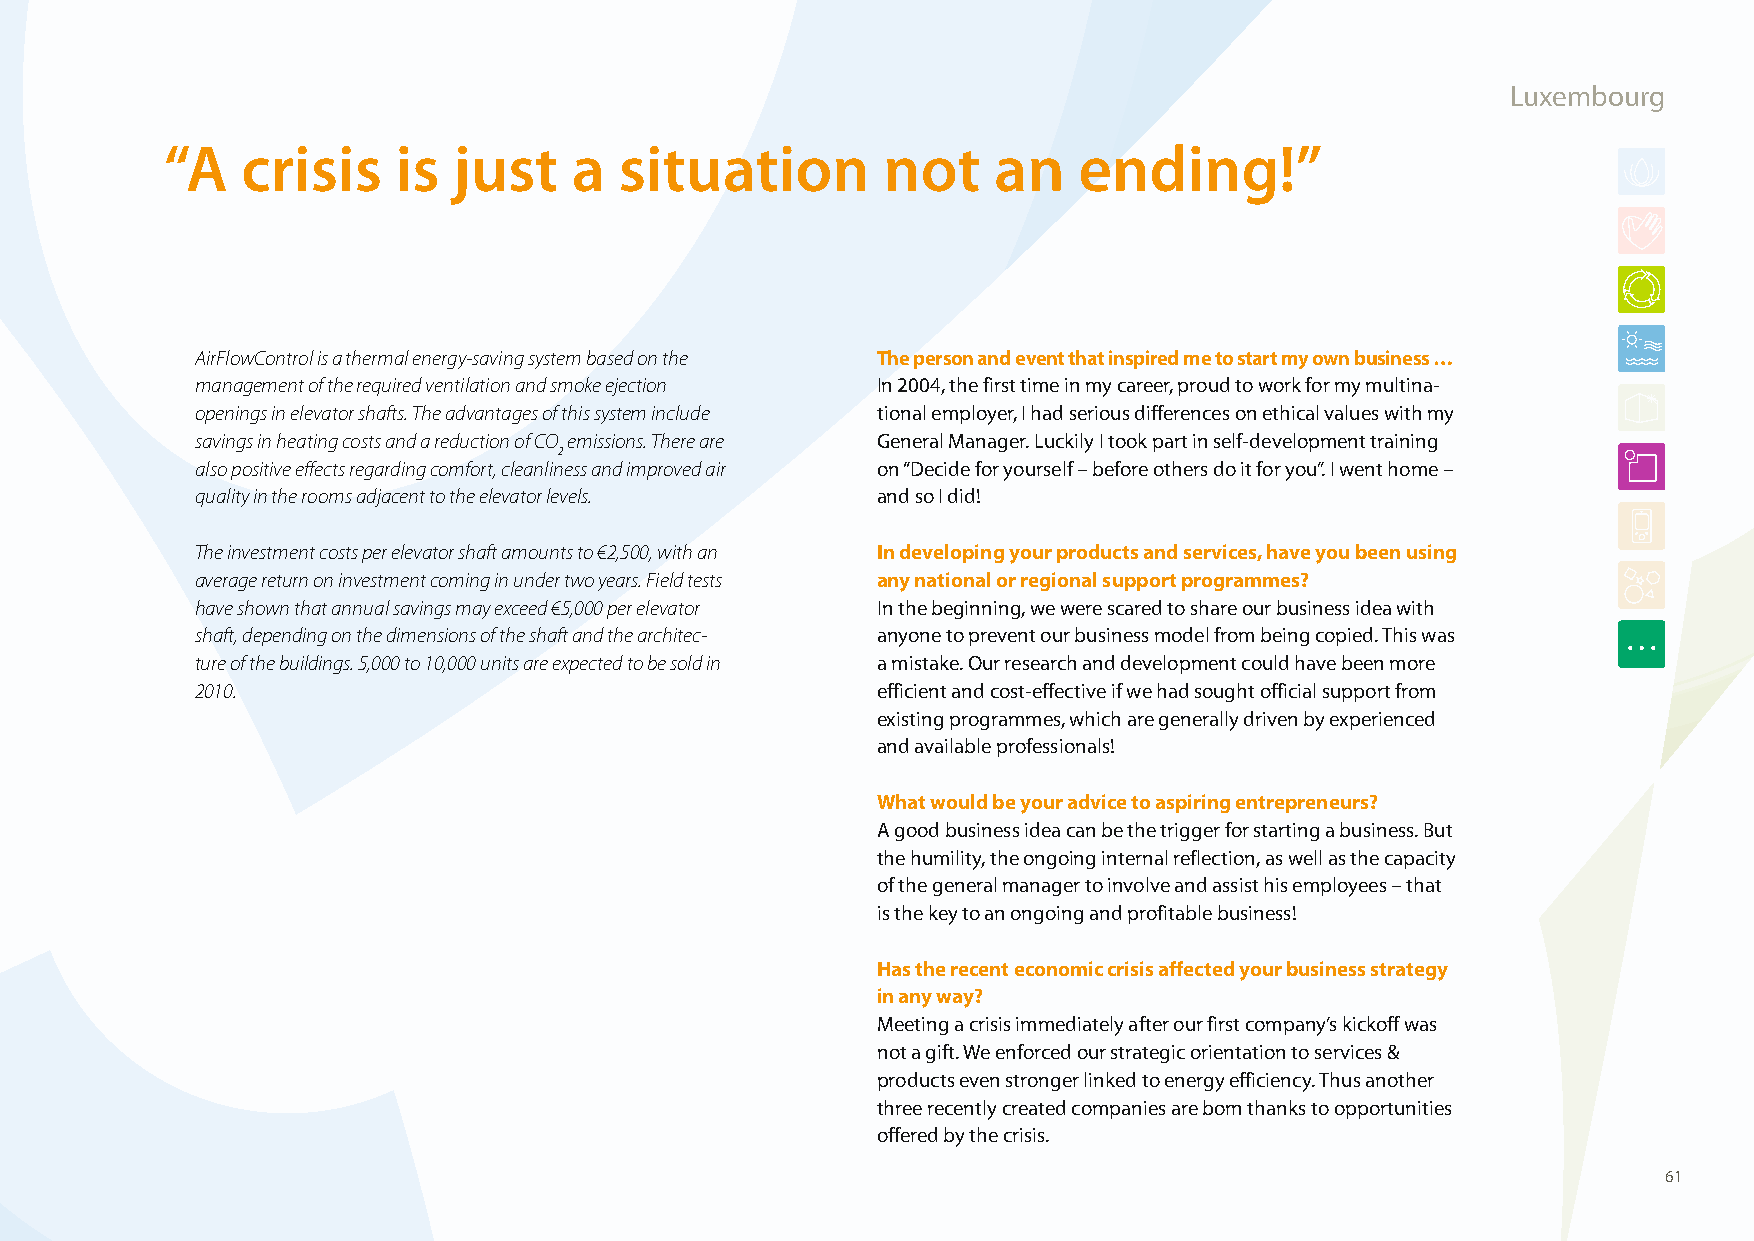
Luxembourg
 “ A  crisis    is  just    a  situation        not     an   ending!”
 AirFlowControl is a thermal energy-saving system based on the The person and event that inspired me to start my own business …
 management of the required ventilation and smoke ejection In 2004, the first time in my career, proud to work for my multina-
 openings in elevator shafts. The advantages of this system include tional employer, I had serious differences on ethical values with my
 savings in heating costs and a reduction of CO emissions. There are General Manager. Luckily I took part in self-development training
 2
 also positive effects regarding comfort, cleanliness and improved air on “Decide for yourself – before others do it for you”. I went home –
 quality in the rooms adjacent to the elevator levels. and so I did!
 The investment costs per elevator shaft amounts to €2,500, with an In developing your products and services, have you been using
 average return on investment coming in under two years. Field tests any national or regional support programmes?
 have shown that annual savings may exceed €5,000 per elevator In the beginning, we were scared to share our business idea with
 shaft, depending on the dimensions of the shaft and the architec- anyone to prevent our business model from being copied. This was
 ture of the buildings. 5,000 to 10,000 units are expected to be sold in a mistake. Our research and development could have been more
 2010.                                        efficient and cost-effective if we had sought official support from
 existing programmes, which are generally driven by experienced
 and available professionals!
 What would be your advice to aspiring entrepreneurs?
 A good business idea can be the trigger for starting a business. But
 the humility, the ongoing internal reflection, as well as the capacity
 of the general manager to involve and assist his employees – that
 is the key to an ongoing and profitable business!
 Has the recent economic crisis affected your business strategy
 in any way?
 Meeting a crisis immediately after our first company’s kickoff was
 not a gift. We enforced our strategic orientation to services &
 products even stronger linked to energy efficiency. Thus another
 three recently created companies are born thanks to opportunities
 offered by the crisis.
 61
 100426_SMEweek_broch_A4quer_hw.indd 61                                                                   27.04.2010 9:14:50 Uhr